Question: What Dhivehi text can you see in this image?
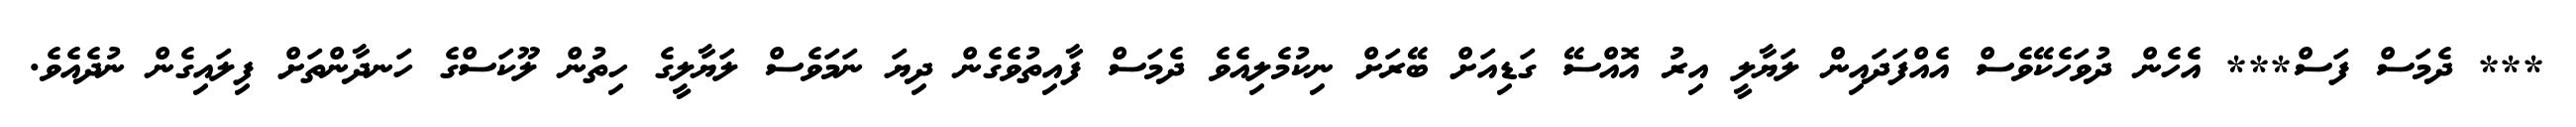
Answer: *** ދެމަސް ފަސް*** އެހެން ދުވަހެކޭވެސް އެއްފަދައިން ލަޔާލީ އިރު އޮއްސޭ ގަޑިއަށް ބޭރަށް ނިކުމެލިއެވެ ދެމަސް ފާއިތުވެގެން ދިޔަ ނަމަވެސް ލަޔާލީގެ ހިތުން ލޫކަސްގެ ހަނދާންތަށް ފިލައިގެން ނުދެއެވެ.